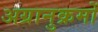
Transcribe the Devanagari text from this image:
अग्रानुक्रमों